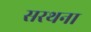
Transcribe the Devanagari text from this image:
सरथना